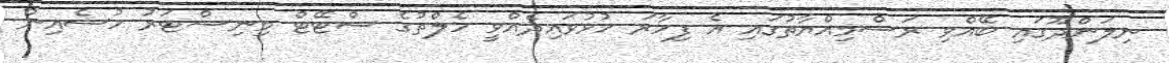
ނިލަންދޫގައި ބޭއްވި ރަސްމިއްޔާތުގައި އެ ފިހާރަ ހުޅުވައިދެއްވީ ހެލްތުގެ ސްޓޭޓް މިނިސްޓަރު ހުސެއިން